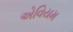
એવિયમ